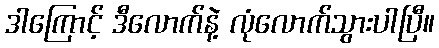
ဒါကြောင့် ဒီလောက်နဲ့ လုံလောက်သွားပါပြီ။